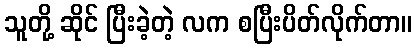
သူတို့ ဆိုင် ပြီးခဲ့တဲ့ လက စပြီးပိတ်လိုက်တာ။